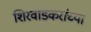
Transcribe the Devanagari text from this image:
शिरवाडकरांच्या